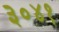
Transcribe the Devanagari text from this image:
३०४१